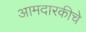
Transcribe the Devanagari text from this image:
आमदारकीचे